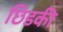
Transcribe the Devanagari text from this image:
छिडकी